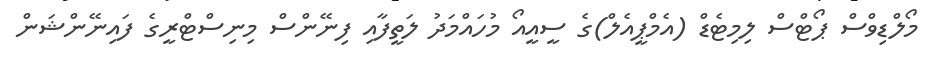
މޯލްޑިވްސް ޕޯޓްސް ލިމިޓެޑް (އެމްޕީއެލް)ގެ ސީއީއޯ މުހައްމަދު ލަތީފާއި ފިނޭންސް މިނިސްޓްރީގެ ފައިނޭންޝަން